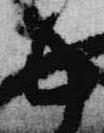
出